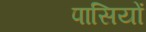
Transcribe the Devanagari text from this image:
पासियों